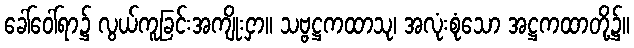
ခေါ်ဝေါ်ရာ၌ လွယ်ကူခြင်းအကျိုးငှာ။ သဗ္ဗဋ္ဌကထာသု၊ အလုံးစုံသော အဋ္ဌကထာတို့၌။